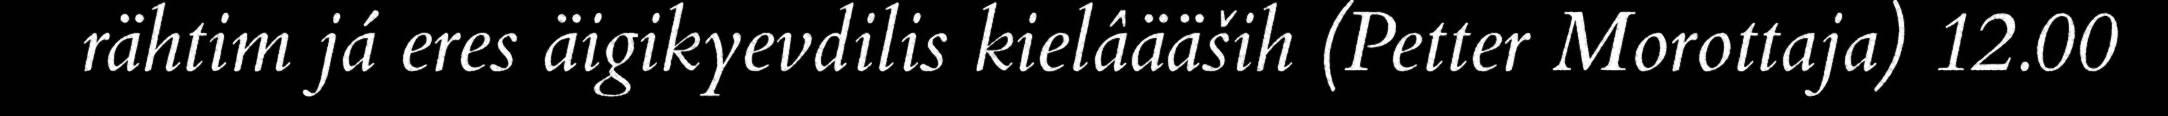
rähtim já eres äigikyevdilis kielâääših (Petter Morottaja) 12.00